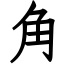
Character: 角